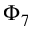
\Phi _ { 7 }